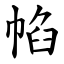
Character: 㡊